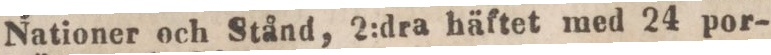
Nationer och Stånd, 2:dra häftet med 24 por-